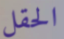
الحقل